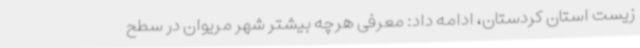
زیست استان کردستان، ادامه داد: معرفی هرچه بیشتر شهر مریوان در سطح